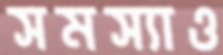
সমস্যাও